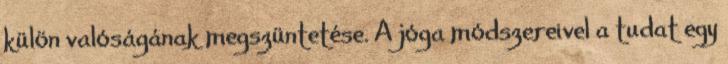
külön valóságának megszüntetése. A jóga módszereivel a tudat egy